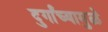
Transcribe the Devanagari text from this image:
दुर्गांच्यामुळे